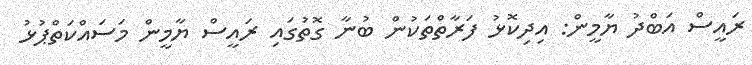
ރައީސް އަބްދު ޔާމީން: އިދިކޮޅު ފަރާތްތަކުން ބުނާ ގޮތުގައި ރައީސް ޔާމީން މަސައްކަތްޕުޅު